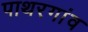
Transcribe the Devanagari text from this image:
पाथरगांव